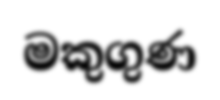
මකුගුණ